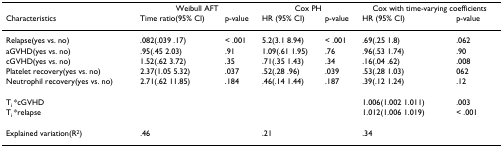
<table><thead><tr><td></td><td colspan="2"><b>Weibull AFT</b></td><td colspan="2"><b>Cox PH</b></td><td colspan="2"><b>Cox with time-varying coefficients</b></td></tr><tr><td><b>Characteristics</b></td><td><b>Time ratio(95% CI)</b></td><td><b>p-value</b></td><td><b>HR (95% CI)</b></td><td><b>p-value</b></td><td><b>HR (95% CI)</b></td><td><b>p-value</b></td></tr></thead><tbody><tr><td>Relapse(yes vs. no)</td><td>.082(.039 .17)</td><td>&lt; .001</td><td>5.2(3.1 8.94)</td><td>&lt; .001</td><td>.69(.25 1.8)</td><td>.062</td></tr><tr><td>aGVHD(yes vs. no)</td><td>.95(.45 2.03)</td><td>.91</td><td>1.09(.61 1.95)</td><td>.76</td><td>.96(.53 1.74)</td><td>.90</td></tr><tr><td>cGVHD(yes vs. no)</td><td>1.52(.62 3.72)</td><td>.35</td><td>.71(.35 1.43)</td><td>.34</td><td>.16(.04 .62)</td><td>.008</td></tr><tr><td>Platelet recovery(yes vs. no)</td><td>2.37(1.05 5.32)</td><td>.037</td><td>.52(.28 .96)</td><td>.039</td><td>.53(.28 1.03)</td><td>062</td></tr><tr><td>Neutrophil recovery(yes vs. no)</td><td>2.71(.62 11.85)</td><td>.184</td><td>.46(.14 1.44)</td><td>.187</td><td>.39(.12 1.24)</td><td>.12</td></tr><tr><td>T<sub>i </sub>*cGVHD</td><td></td><td></td><td></td><td></td><td>1.006(1.002 1.011)</td><td>.003</td></tr><tr><td>T<sub>i </sub>*relapse</td><td></td><td></td><td></td><td></td><td>1.012(1.006 1.019)</td><td>&lt; .001</td></tr><tr><td>Explained variation(R<sup>2</sup>)</td><td>.46</td><td></td><td>.21</td><td></td><td>.34</td><td></td></tr></tbody></table>